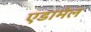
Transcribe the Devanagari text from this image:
एडामेल